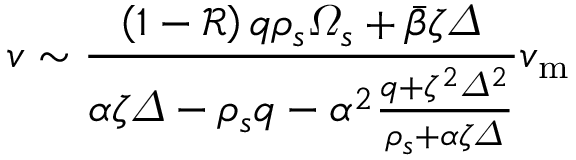
v \sim \frac { \left( 1 - \mathcal { R } \right) q \rho _ { s } \varOmega _ { s } + \bar { \beta } \zeta \varDelta } { \alpha \zeta \varDelta - \rho _ { s } q - \alpha ^ { 2 } \frac { q + \zeta ^ { 2 } \varDelta ^ { 2 } } { \rho _ { s } + \alpha \zeta \varDelta } } v _ { \mathrm { m } }